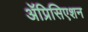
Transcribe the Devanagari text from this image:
ॲप्रिसिएशन